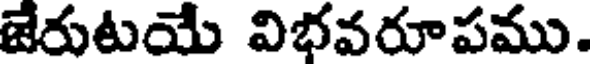
జేరుటయే విభవరూపము.